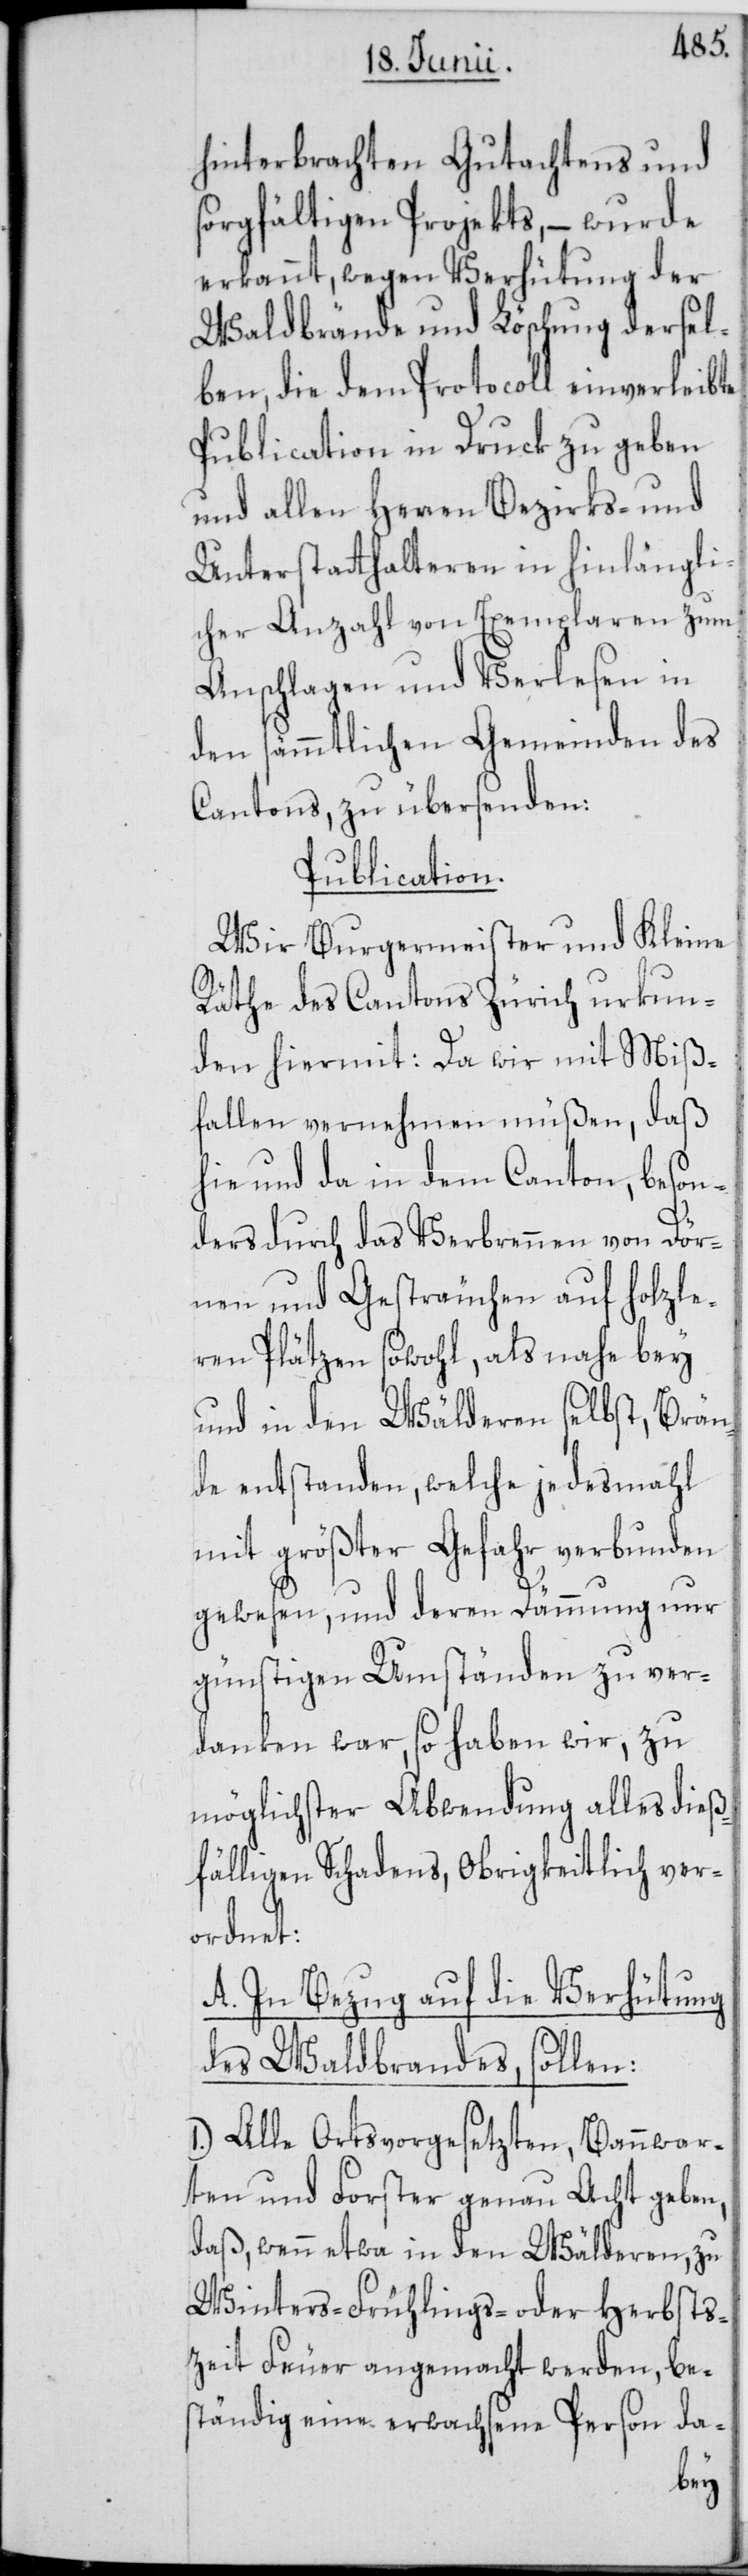
hinterbrachten Gutachtens und
sorgfältigen Projekts, – wurde
erkannt, wegen Verhütung der
Waldbrände und Löschung dersel¬
ben, die dem Protocoll einverleibte
Publication in Druck zu geben
und allen Herren Bezirks- und
Unterstatthalteren in hinlängli¬
cher Anzahl von Exemplaren zum
Anschlagen und Verlesen in
den sämmtlichen Gemeinden des
Cantons, zu übersenden.
Publication.
Wir Burgermeister und Kleine
Räthe des Cantons Zürich urkun¬
den hiermit: Da wir mit Miß¬
fallen vernehmen müßen, daß
hie und da in dem Canton, beson¬
ders durch das Verbrennen von Dör¬
nen und Gesträuchen auf holzle¬
eren Plätzen sowohl, als nahe bey
und in den Wälderen selbst, Brän¬
de entstanden, welche jedesmahl
mit größter Gefahr verbunden
gewesen, und deren Dämmung nur
günstigen Umständen zu ver¬
danken war, so haben wir, zu
möglichster Abwendung alles dieß¬
fälligen Schadens, Obrigkeitlich ver¬
ordnet:
A. In Bezug auf die Verhütung
des Waldbrandes, sollen:
Alle Ortsvorgesetzten, Bannwar¬
ten und Forster genau Acht geben,
daß, wenn etwa in den Wälderen, zu
Winters-[,] Frühlings- oder Herbsts¬
zeit Feuer angemacht werden, be¬
ständig eine erwachsene Person da-